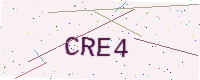
Text: CRE4